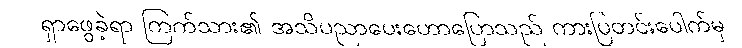
ရှာဖွေခဲ့ရာ ကြက်သား၏ အသိပညာပေးဟောပြောသည် ကားပြတင်းပေါက်မှ